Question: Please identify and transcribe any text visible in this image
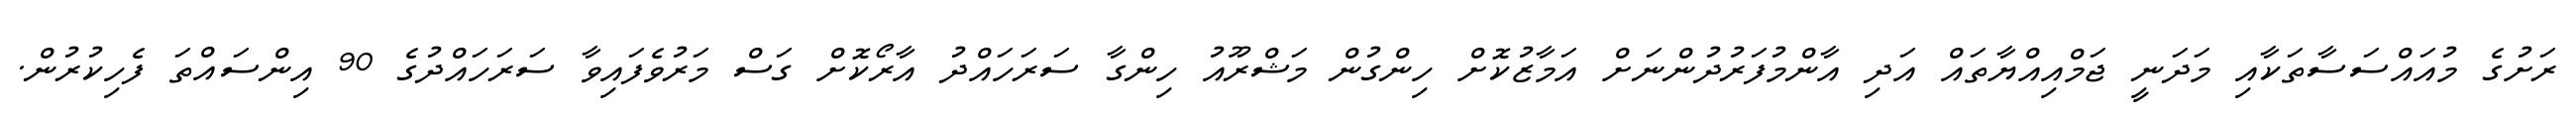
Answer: ރަށުގެ މުއައްސަސާތަކާއި މަދަނީ ޖަމްއިއްޔާތައް އަދި އާންމުފަރުދުންނަށް އަމާޒުކޮށް ހިންގުން މަޝްރޫއު ހިންގާ ސަރަހައްދު އާރޯކޮށް ގަސް މަރުވެފައިވާ ސަރަހައްދުގެ 90 އިންސައްތަ ފެހިކުރުން.